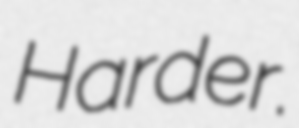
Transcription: Harder.